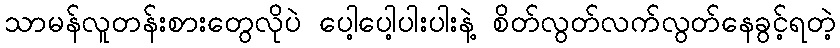
သာမန်လူတန်းစားတွေလိုပဲ ပေါ့ပေါ့ပါးပါးနဲ့ စိတ်လွတ်လက်လွတ်နေခွင့်ရတဲ့